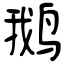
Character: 鹅